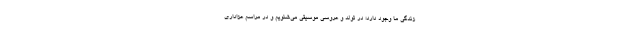
زندگی ما وجود دارد؛ در تولد و عروسی موسیقی می‌شنویم و در مراسم عزاداری